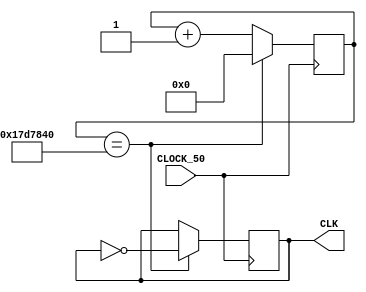
//----------old code-----------------
//module CLK1HZ(CLOCK_50, CLK); 
//
//	input CLOCK_50;
//	output CLK;
//	reg CLK_1HZ = 0;
//	reg [24:0] counter = 0;
//
//	always @(posedge CLOCK_50)
//		begin
//			if(counter == 25000000)
//				begin
//					CLK_1HZ <= ~CLK_1HZ; //xung clock 1Hz
//					counter <= 0;
//				end
//			else counter <= counter + 1;
//		end
//	
//	assign CLK = CLK_1HZ;
//endmodule
//
//
//
//
//module Counter(CLOCK_50, CLOCK_1HZ, BUTTON, sec, min);
//input CLOCK_1HZ;
//input CLOCK_50;
//input [1:0] BUTTON;
//output [5:0] sec;      // seconds output
//output [5:0] min;      // minutes output
//	
//reg [1:0]timer_event = 2'b10;              //timer_event[1] = count, timer_event[0] = reset
//reg [1:0]state_button = 2'b00;              //state_button[1] = state count, state_button[0] = state reset
//
//reg [5:0] seconds_cnt;      // seconds counter from 0 to 59
//reg [5:0] minutes_cnt;     // minutes counter from 0 to 59
//
//			
//			always @(posedge CLOCK_50)
//				begin		
//					if(~BUTTON[1])  //nhan key[1]
//						begin
//							state_button[1] = 1'b1;
//						end
//						
//					if(BUTTON[1])  //khong nhan key[1]
//						begin
//							if (state_button[1] == 1'b1)
//								begin
//									timer_event[1] = ~timer_event[1];
//									state_button[1] = 1'b0;
//								end
//						end
//					if(BUTTON[0] == 1'b0) timer_event[0] = 1'b1;  //nhan key[0]
//					if(BUTTON[1] == 1'b0 && BUTTON[0] == 1'b1 && state_button[0] == 1'b1)  //xet dieu kien dao flag
//						begin
//							timer_event[0] = 1'b0;
//							timer_event[1] = 1'b1;
//						end
//				end
//	
//
//	always @(posedge CLOCK_1HZ)
//		begin
//			if(timer_event[0]) 
//				begin
//					minutes_cnt <= 6'd0;
//					seconds_cnt <= 6'd0;
//					state_button[0] <= 1'b1;
//				end
//			else if(~timer_event[1]) 
//				begin
//					state_button[0] <= 1'b0;
//					seconds_cnt <= seconds_cnt + 1'b1;
//					if (seconds_cnt == 6'd59)
//						begin
//							seconds_cnt <= 0;
//							if (minutes_cnt == 6'd59)
//								begin
//									minutes_cnt  <= 6'd0;	
//								end 
//							 else if(~timer_event[1]) 
//								 begin
//									minutes_cnt <= minutes_cnt + 1'b1;
//								 end
//						end
//		      end
//			
//			
//		end
//		assign sec = seconds_cnt;
//		assign min = minutes_cnt; 
//endmodule
//
//
//module Decoder (sec, min, HEX0, HEX1, HEX2, HEX3);
//input [5:0] sec;
//input [5:0] min;
//output [0:6] HEX0, HEX1, HEX2, HEX3;
//wire[3:0] donvi_sec,chuc_sec,donvi_min,chuc_min;
//
//assign donvi_sec = sec % 10;
//assign chuc_sec = sec / 10;
//assign donvi_min = min % 10;
//assign chuc_min = min / 10;
//
//assign HEX0 =  (donvi_sec == 6'b000000) ? 7'b0000001 :
//					(donvi_sec == 6'b000001) ? 7'b1001111 :
//					(donvi_sec == 6'b000010) ? 7'b0010010 :
//					(donvi_sec == 6'b000011) ? 7'b0000110 :
//					(donvi_sec == 6'b000100) ? 7'b1001100 :
//					(donvi_sec == 6'b000101) ? 7'b0100100 :
//					(donvi_sec == 6'b000110) ? 7'b0100000 :
//					(donvi_sec == 6'b000111) ? 7'b0001111 :
//					(donvi_sec == 6'b001000) ? 7'b0000000 :
//					(donvi_sec == 6'b001001) ? 7'b0000100 : 7'b1111111;
//assign HEX1 =  (chuc_sec == 6'b000000) ? 7'b0000001 :
//					(chuc_sec == 6'b000001) ? 7'b1001111 :
//					(chuc_sec == 6'b000010) ? 7'b0010010 : 
//					(chuc_sec == 6'b000011) ? 7'b0000110 :
//					(chuc_sec == 6'b000100) ? 7'b1001100 :
//					(chuc_sec == 6'b000101) ? 7'b0100100 : 7'b1111111;
//					
//assign HEX2 =  (donvi_min == 6'b000000) ? 7'b0000001 :
//					(donvi_min == 6'b000001) ? 7'b1001111 :
//					(donvi_min == 6'b000010) ? 7'b0010010 :
//					(donvi_min == 6'b000011) ? 7'b0000110 :
//					(donvi_min == 6'b000100) ? 7'b1001100 :
//					(donvi_min == 6'b000101) ? 7'b0100100 :
//					(donvi_min == 6'b000110) ? 7'b0100000 :
//					(donvi_min == 6'b000111) ? 7'b0001111 :
//					(donvi_min == 6'b001000) ? 7'b0000000 :
//					(donvi_min == 6'b001001) ? 7'b0000100 : 7'b1111111;
//assign HEX3 =  (chuc_min == 6'b000000) ? 7'b0000001 :
//					(chuc_min == 6'b000001) ? 7'b1001111 :
//					(chuc_min == 6'b000010) ? 7'b0010010 : 
//					(chuc_min == 6'b000011) ? 7'b0000110 :
//					(chuc_min == 6'b000100) ? 7'b1001100 :
//					(chuc_min == 6'b000101) ? 7'b0100100 : 7'b1111111;
//endmodule	
//		
//module project_cau2(input CLOCK_50, input [1:0]BUTTON, output [0:6]HEX0, HEX1, HEX2, HEX3);
//	
//	wire [5:0]sec;
//	wire [5:0]min;
//	wire CLK;
//	
//	CLK1HZ(.CLOCK_50(CLOCK_50), .CLK(CLK));
//	Counter U1(.CLOCK_50(CLOCK_50), .CLOCK_1HZ(CLK), .BUTTON(BUTTON), .sec(sec), .min(min));
//	Decoder U2(.sec(sec), .min(min), .HEX0(HEX0), .HEX1(HEX1), .HEX2(HEX2), .HEX3(HEX3));
//	
//			
//endmodule
// ----------- old code-------------

//------------new code-----------------

module CLK1HZ(CLOCK_50, CLK); 

	input CLOCK_50;
	output CLK;
	reg CLK_1HZ = 0;
	reg [25:0] counter = 0;

	always @(posedge CLOCK_50)
		begin
			if(counter == 25000000)
				begin
					CLK_1HZ <= ~CLK_1HZ; //xung clock 1Hz
					counter <= 0;
				end
			else counter <= counter + 1;
		end
	
	assign CLK = CLK_1HZ;
endmodule




module Counter(CLOCK_50, CLOCK_1HZ, BUTTON, sec, min);
input CLOCK_1HZ;
input CLOCK_50;
input [1:0] BUTTON;
output [5:0] sec;      // seconds output
output [5:0] min;      // minutes output
	
reg [1:0]timer_event;    //timer_event[1] = count, timer_event[0] = reset          
reg [1:0]state_button;   //state_button[1] = state count, state_button[0] = state reset

reg [5:0] sec_cnt;      // seconds counter from 0 to 59
reg [5:0] min_cnt;     // minutes counter from 0 to 59

			
			always @(posedge CLOCK_50)
				begin		
					if(~BUTTON[1])  //nhan key[1]
						begin
							state_button[1] <= 1'b1;
						end
						
					if(BUTTON[1])  //khong nhan key[1]
						begin
							if (state_button[1] == 1'b1)
								begin
									timer_event[1] <= ~timer_event[1];
									state_button[1] <= 1'b0;
								end
						end
					if(BUTTON[0] == 1'b0) timer_event[0] <= 1'b1;  //nhan key[0]
					if(BUTTON[1] == 1'b0 && BUTTON[0] == 1'b1 && state_button[0] == 1'b1)  //xet dieu kien dao flag
						begin
							timer_event[0] <= 1'b0;
							timer_event[1] <= 1'b1;
						end
				end
	

	always @(posedge CLOCK_1HZ)
		begin
			if(timer_event[0]) 
				begin
					min_cnt <= 6'd0;
					sec_cnt <= 6'd0;
					state_button[0] <= 1'b1;
				end
			else if(~timer_event[1]) 
				begin
					state_button[0] <= 1'b0;
					sec_cnt <= sec_cnt + 1'b1;
					if (sec_cnt == 6'd59)
						begin
							sec_cnt <= 0;
							if (min_cnt == 6'd59)
								begin
									min_cnt  <= 6'd0;	
								end 
							 else if(~timer_event[1]) 
								 begin
									min_cnt <= min_cnt + 1'b1;
								 end
						end
		      end
			
			
		end
		assign sec = sec_cnt;
		assign min = min_cnt; 
endmodule


module Decoder (Result, LED_donvi, LED_chuc);
input [5:0] Result;
output [0:6] LED_donvi, LED_chuc;
wire[3:0] donvi,chuc;

assign donvi = Result % 10;
assign chuc = Result / 10;


assign LED_donvi =  (donvi == 4'b0000) ? 7'b0000001 :
							(donvi == 4'b0001) ? 7'b1001111 :
							(donvi == 4'b0010) ? 7'b0010010 :
							(donvi == 4'b0011) ? 7'b0000110 :
							(donvi == 4'b0100) ? 7'b1001100 :
							(donvi == 4'b0101) ? 7'b0100100 :
							(donvi == 4'b0110) ? 7'b0100000 :
							(donvi == 4'b0111) ? 7'b0001111 :
							(donvi == 4'b1000) ? 7'b0000000 :
							(donvi == 4'b1001) ? 7'b0000100 : 7'b1111111;
assign LED_chuc =  (chuc == 4'b0000) ? 7'b0000001 :
							(chuc == 4'b0001) ? 7'b1001111 :
							(chuc == 4'b0010) ? 7'b0010010 : 
							(chuc == 4'b0011) ? 7'b0000110 :
							(chuc == 4'b0100) ? 7'b1001100 :
							(chuc == 4'b0101) ? 7'b0100100 : 7'b1111111;
							
endmodule	
		
module project_cau2(input CLOCK_50, input [1:0]BUTTON, output [0:6]HEX0, HEX1, HEX2, HEX3);
	
	wire [5:0]sec;
	wire [5:0]min;
	wire CLK;
	
	CLK1HZ Clock_1Hz(.CLOCK_50(CLOCK_50), .CLK(CLK));
	Counter SecMinCounter(.CLOCK_50(CLOCK_50), .CLOCK_1HZ(CLK), .BUTTON(BUTTON), .sec(sec), .min(min));
	Decoder Seconds(.Result(sec), .LED_donvi(HEX0), .LED_chuc(HEX1));
	Decoder Minutes(.Result(min), .LED_donvi(HEX2), .LED_chuc(HEX3));
	
			
endmodule


//-------------new code----------------